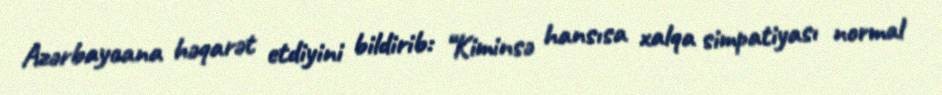
Azərbaycana həqarət etdiyini bildirib: “Kiminsə hansısa xalqa simpatiyası normal